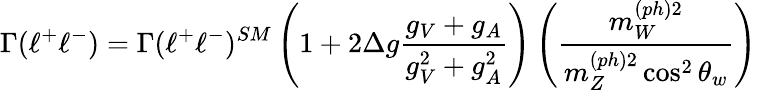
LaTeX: \Gamma(\ell^{+}\ell^{-})=\Gamma(\ell^{+}\ell^{-})^{SM}\left(1+2\Delta g\frac{g_{V}+g_{A}}{g_{V}^{2}+g_{A}^{2}}\right)\left(\frac{m_{W}^{(ph)2}}{m_{Z}^{(ph)2}\cos^{2}\theta_{w}}\right)